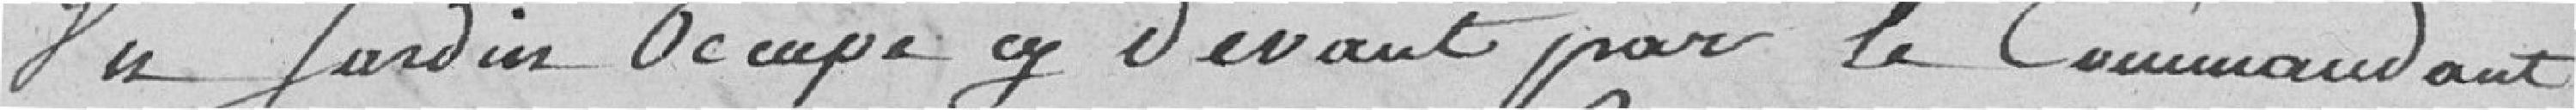
2.º Vu jardin occupé ci-devant par le Commandant